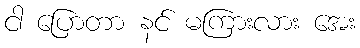
ငါ ပြောတာ နင် မကြားလား အေး